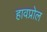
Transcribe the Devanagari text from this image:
हावप्रोल